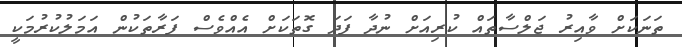
ތަނަކަށް ވާއިރު ޖަލްސާތައް ކުރިއަށް ނުދާ ފަދަ ގޮތަކަށް އެއްވެސް ފަރާތަކުން އަމަލުކުރުމަކީ